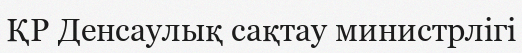
ҚР Денсаулық сақтау министрлігі